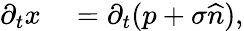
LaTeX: \begin{array}{rl}{\partial_{t}x}&{{}=\partial_{t}(p+\sigma\widehat{n}),}\end{array}